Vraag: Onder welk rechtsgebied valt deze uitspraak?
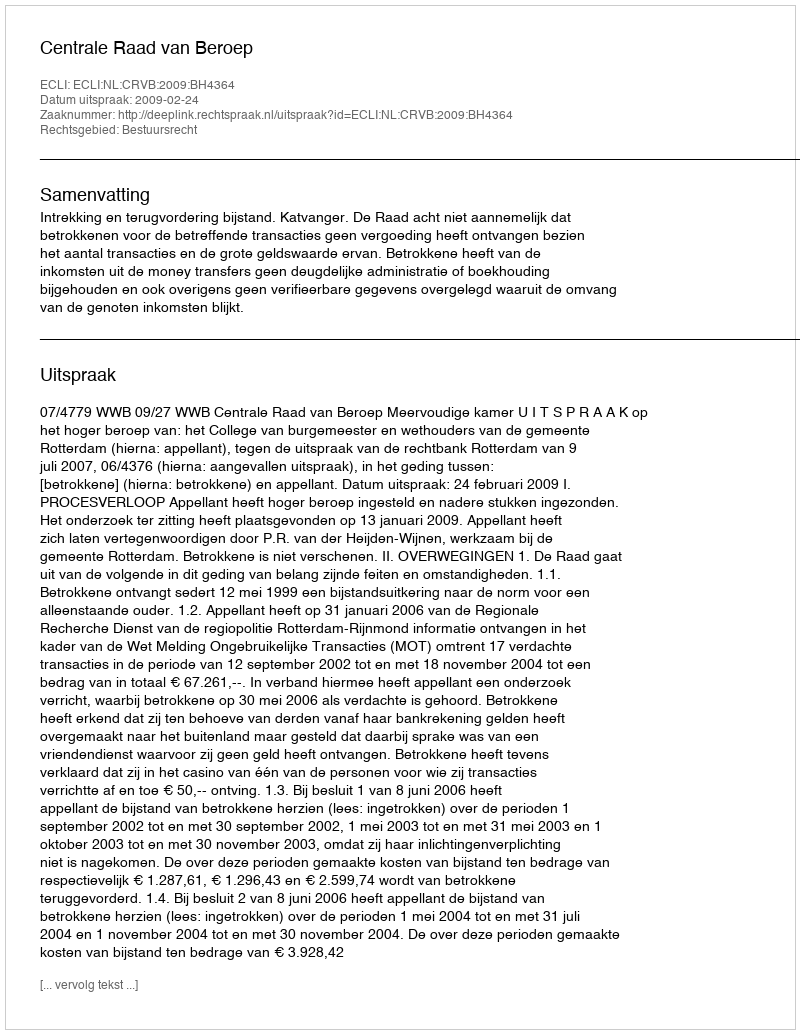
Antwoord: Bestuursrecht